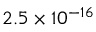
2 . 5 \times 1 0 ^ { - 1 6 }